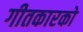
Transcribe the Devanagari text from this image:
गीतकारको